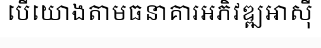
បើយោងតាមធនាគារអភិវឌ្ឍអាស៊ី